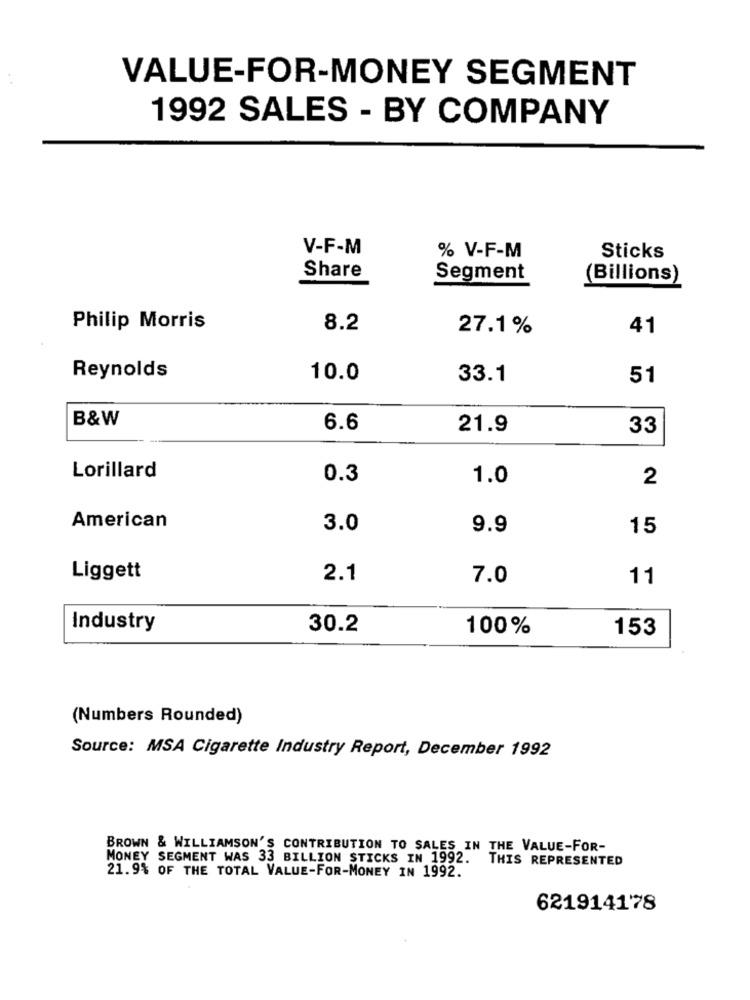
VALUE-FOR-MONEY SEGMENT
1992 SALES - BY COMPANY
V-F-M
% V-F-M
Sticks
Share
Segment
(Billions)
Philip Morris
8.2
27.1%
41
Reynolds
10.0
33.1
51
B&W
6.6
21.9
33
Lorillard
0.3
1.0
2
American
3.0
9.9
15
Liggett
2.1
7.0
11
Industry
30.2
100%
153
(Numbers Rounded)
Source: MSA Cigarette Industry Report, December 1992
BROWN & WILLIAMSON'S CONTRIBUTION TO SALES IN THE VALUE-FOR-
MONEY SEGMENT WAS 33 BILLION STICKS IN 1992.
THIS REPRESENTED
21.9% OF THE TOTAL VALUE-FOR-MONEY IN 1992.
621914178